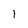
Character: l